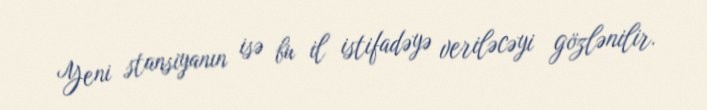
Yeni stansiyanın isə bu il istifadəyə veriləcəyi gözlənilir.